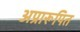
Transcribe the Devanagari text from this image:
अप्रारूपित